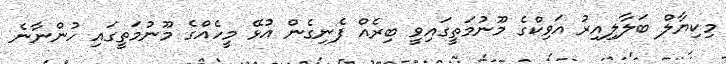
މިކިޔާލް ބަލާލިއިރު އަވިކްގެ މޫނުމަތީގައިވީ ބިރެއް ފެނިގެން އުޅޭ މީހެއްގެ މޫނުމަތީގައި ހުންނާނެ